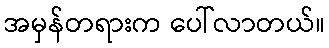
အမှန်တရားက ပေါ်လာတယ်။